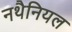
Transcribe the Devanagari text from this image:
नथैनियल